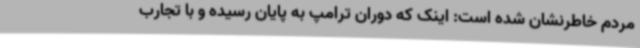
مردم خاطرنشان شده است: اینک که دوران ترامپ به پایان رسیده و با تجارب